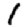
Digit: 1